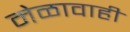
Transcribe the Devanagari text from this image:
मेळावाही